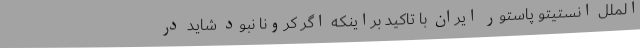
الملل انستیتو پاستور ایران با تاکید براینکه اگر کرونا نبود شاید در